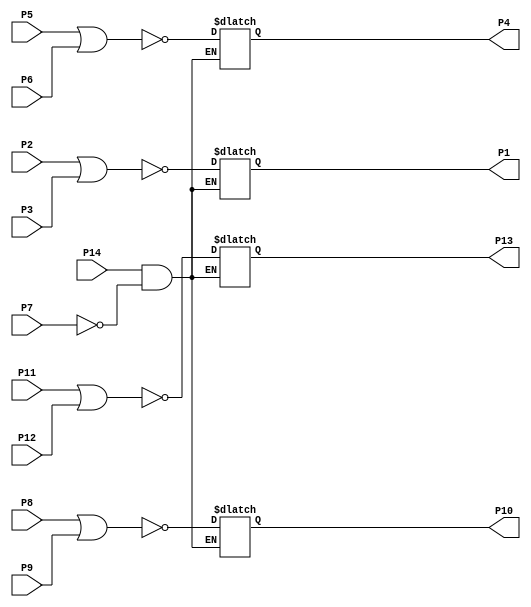
//================================================================--
// Design Unit	: sn7402 (behaviour) 
//
//
// Purpose	: model of TTL SN7402 quad and IC
//
//
// Environmant	: Icarus
//-------------------------------------------------------------------
// Revision List	
// Version	Author	Date	Changes
// 1.0	   Daniel Guenther   Nov 10 2016    filled in wire connections
//================================================================--

module sn7402 (P1, P2, P3, P4, P5, P6, P7, P8, P9, P10, P11, P12, P13, P14); 

   output reg P1, P4, P10, P13;
   input P2, P3, P5, P6, P8, P9, P11, P12, P7, P14;

   always @(P2, P3, P7, P14) begin

      if ((P14 == 1'b 1) && (P7 == 1'b 0)) begin
         P1 = ~(P2 | P3);
      end  
   end

   always @(P5, P6, P7, P14) begin

      if ((P14 == 1'b 1) && (P7 == 1'b 0)) begin
         P4 = ~(P5 | P6);
      end  
   end

   always @(P8, P9, P7, P14) begin

      if ((P14 == 1'b 1) && (P7 == 1'b 0)) begin
         P10 = ~(P8 | P9);
      end  
   end

   always @(P11, P12, P7, P14) begin

      if ((P14 == 1'b 1) && (P7 == 1'b 0)) begin
         P13 = ~(P11 | P12);
      end  
   end

endmodule